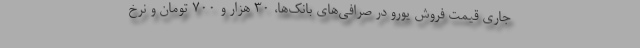
جاری قیمت فروش یورو در صرافی‌های بانک‌ها، ۳۰ هزار و ۷۰۰ تومان و نرخ